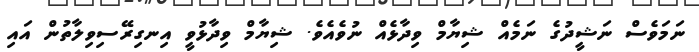
ނަމަވެސް ނަޝީދުގެ ނަމެއް ޝިޔާމް ވިދާޅެއް ނުވެއެވެ. ޝިޔާމް ވިދާޅުވީ އިނގިރޭސިވިލާތުން އައި